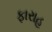
ફારાહ